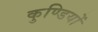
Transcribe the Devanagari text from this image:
कुण्डियों